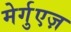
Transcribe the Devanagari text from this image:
मेर्गुएज़